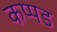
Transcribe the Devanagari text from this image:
कप्पड